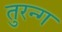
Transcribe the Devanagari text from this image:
तुरन्ग